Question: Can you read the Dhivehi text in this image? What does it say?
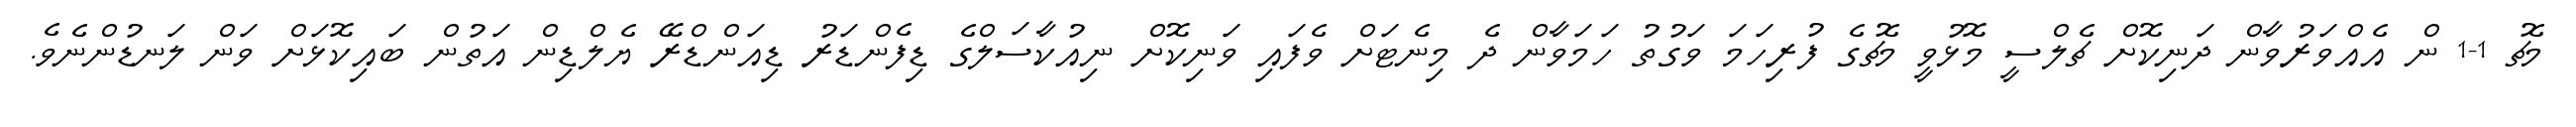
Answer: މެޗު 1-1 ން އެއްވަރުވާން ދަނިކޮށް ޗެލްސީ މޮޅުވީ މެޗުގެ ފުރިހަމަ ވަގުތު ހަމަވާން ދެ މިނެޓަށް ވެފައި ވަނިކޮށް ނިއުކާސަލްގެ ޑިފެންޑަރު ޑިއަންޑްރޭ ޔެލްޑިން އަތުން ބައިކޮޅަށް ވަން ލަނޑުންނެވެ.